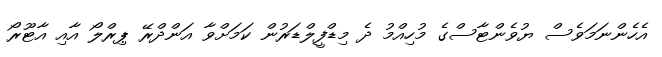
އެހެންނަމަވެސް ޔުވެންޓާސްގެ މުހިއްމު ދެ މިޑްފީލްޑަރުން ކަމަށްވާ އަންދްރޭ ޕިރްލޯ އާއި އާޓޫރޯ